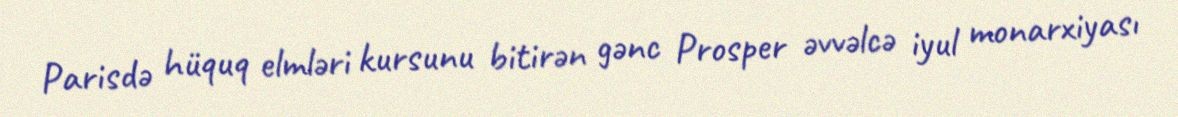
Parisdə hüquq elmləri kursunu bitirən gənc Prosper əvvəlcə iyul monarxiyası